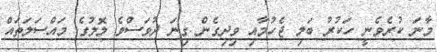
މާނަ ކުރެވެނީ ހަކުރު ބަލި ޖެހުމާއި ވިދިގެން ގިނަ ދުވަސްވެ ލޮލުގެ މައްސަލަތައް